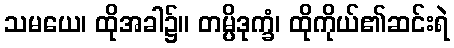
သမယေ၊ ထိုအခါ၌။ တမ္ပိဒုက္ခံ၊ ထိုကိုယ်၏ဆင်းရဲ